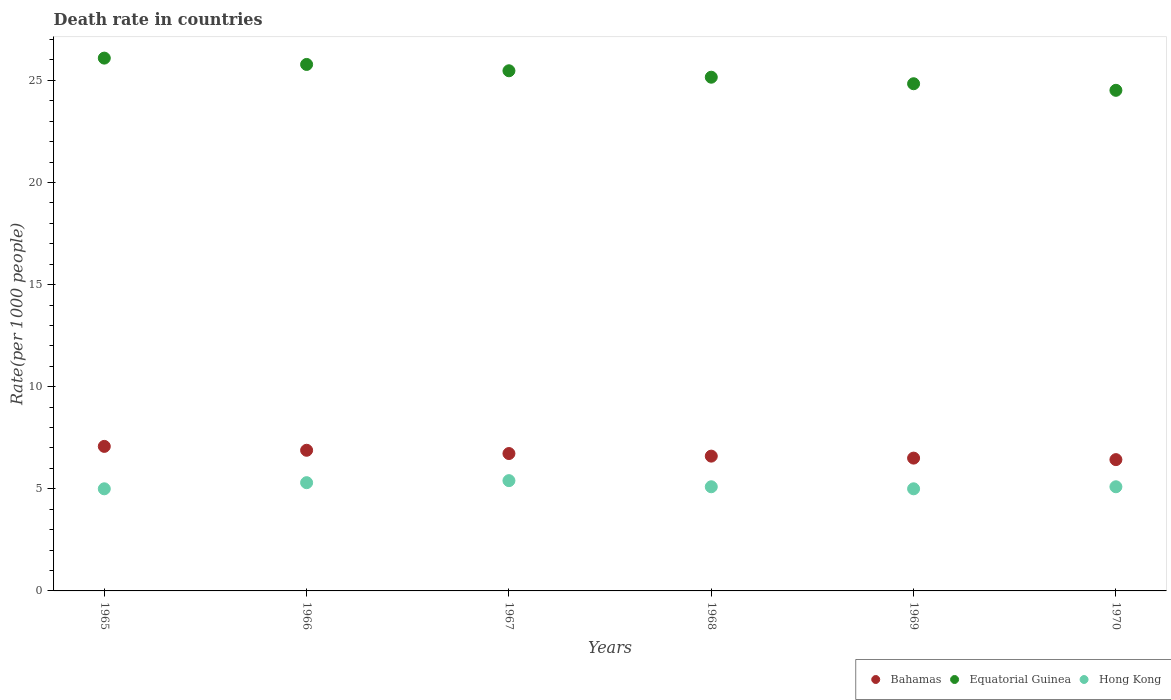
| Years | Bahamas | Equatorial Guinea | Hong Kong |
 | --- | --- | --- | --- |
 | 1965 | 7.08 | 26.1 | 5 |
 | 1966 | 6.89 | 25.8 | 5.3 |
 | 1967 | 6.73 | 25.5 | 5.4 |
 | 1968 | 6.6 | 25.2 | 5.1 |
 | 1969 | 6.5 | 24.8 | 5 |
 | 1970 | 6.43 | 24.5 | 5.1 |